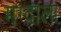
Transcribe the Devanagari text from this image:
मग्दाला